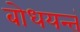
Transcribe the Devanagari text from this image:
बोधयन्तं